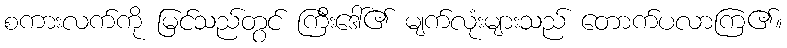
စကားလက်ကို မြင်သည်တွင် ကြီးဒေါ်၏ မျက်လုံးများသည် တောက်ပလာကြ၏။